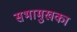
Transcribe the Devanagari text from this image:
सभामुखका